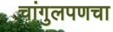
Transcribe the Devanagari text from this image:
चांगुलपणचा